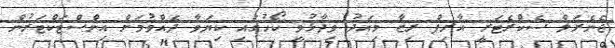
ޖެނެރަލް ސެކްރެޓަރީ އާރިފް ރިޒާ މިއަދު ވިދާޅުވީ ކޯހުގައި ކިޔަވާ ދެއްވުމަށް އިންސްޓަކްޓަރުން